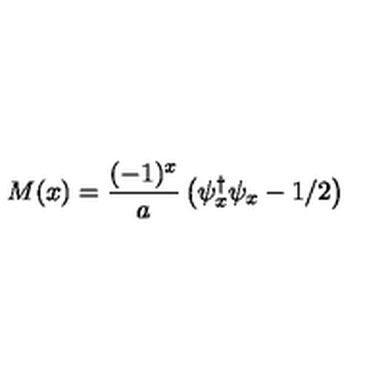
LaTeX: M ( x ) = \frac { ( - 1 ) ^ { x } } { a } \left( \psi _ { x } ^ { \dagger } \psi _ { x } - 1 / 2 \right)